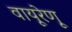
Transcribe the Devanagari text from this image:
वायूरेणू